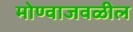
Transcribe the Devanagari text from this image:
मोण्वाजवळील